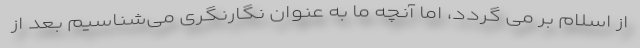
از اسلام بر می گردد، اما آنچه ما به عنوان نگارنگری می‌شناسیم بعد از